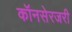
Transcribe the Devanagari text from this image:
कॉनसेरजरी